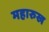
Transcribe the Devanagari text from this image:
महारुख